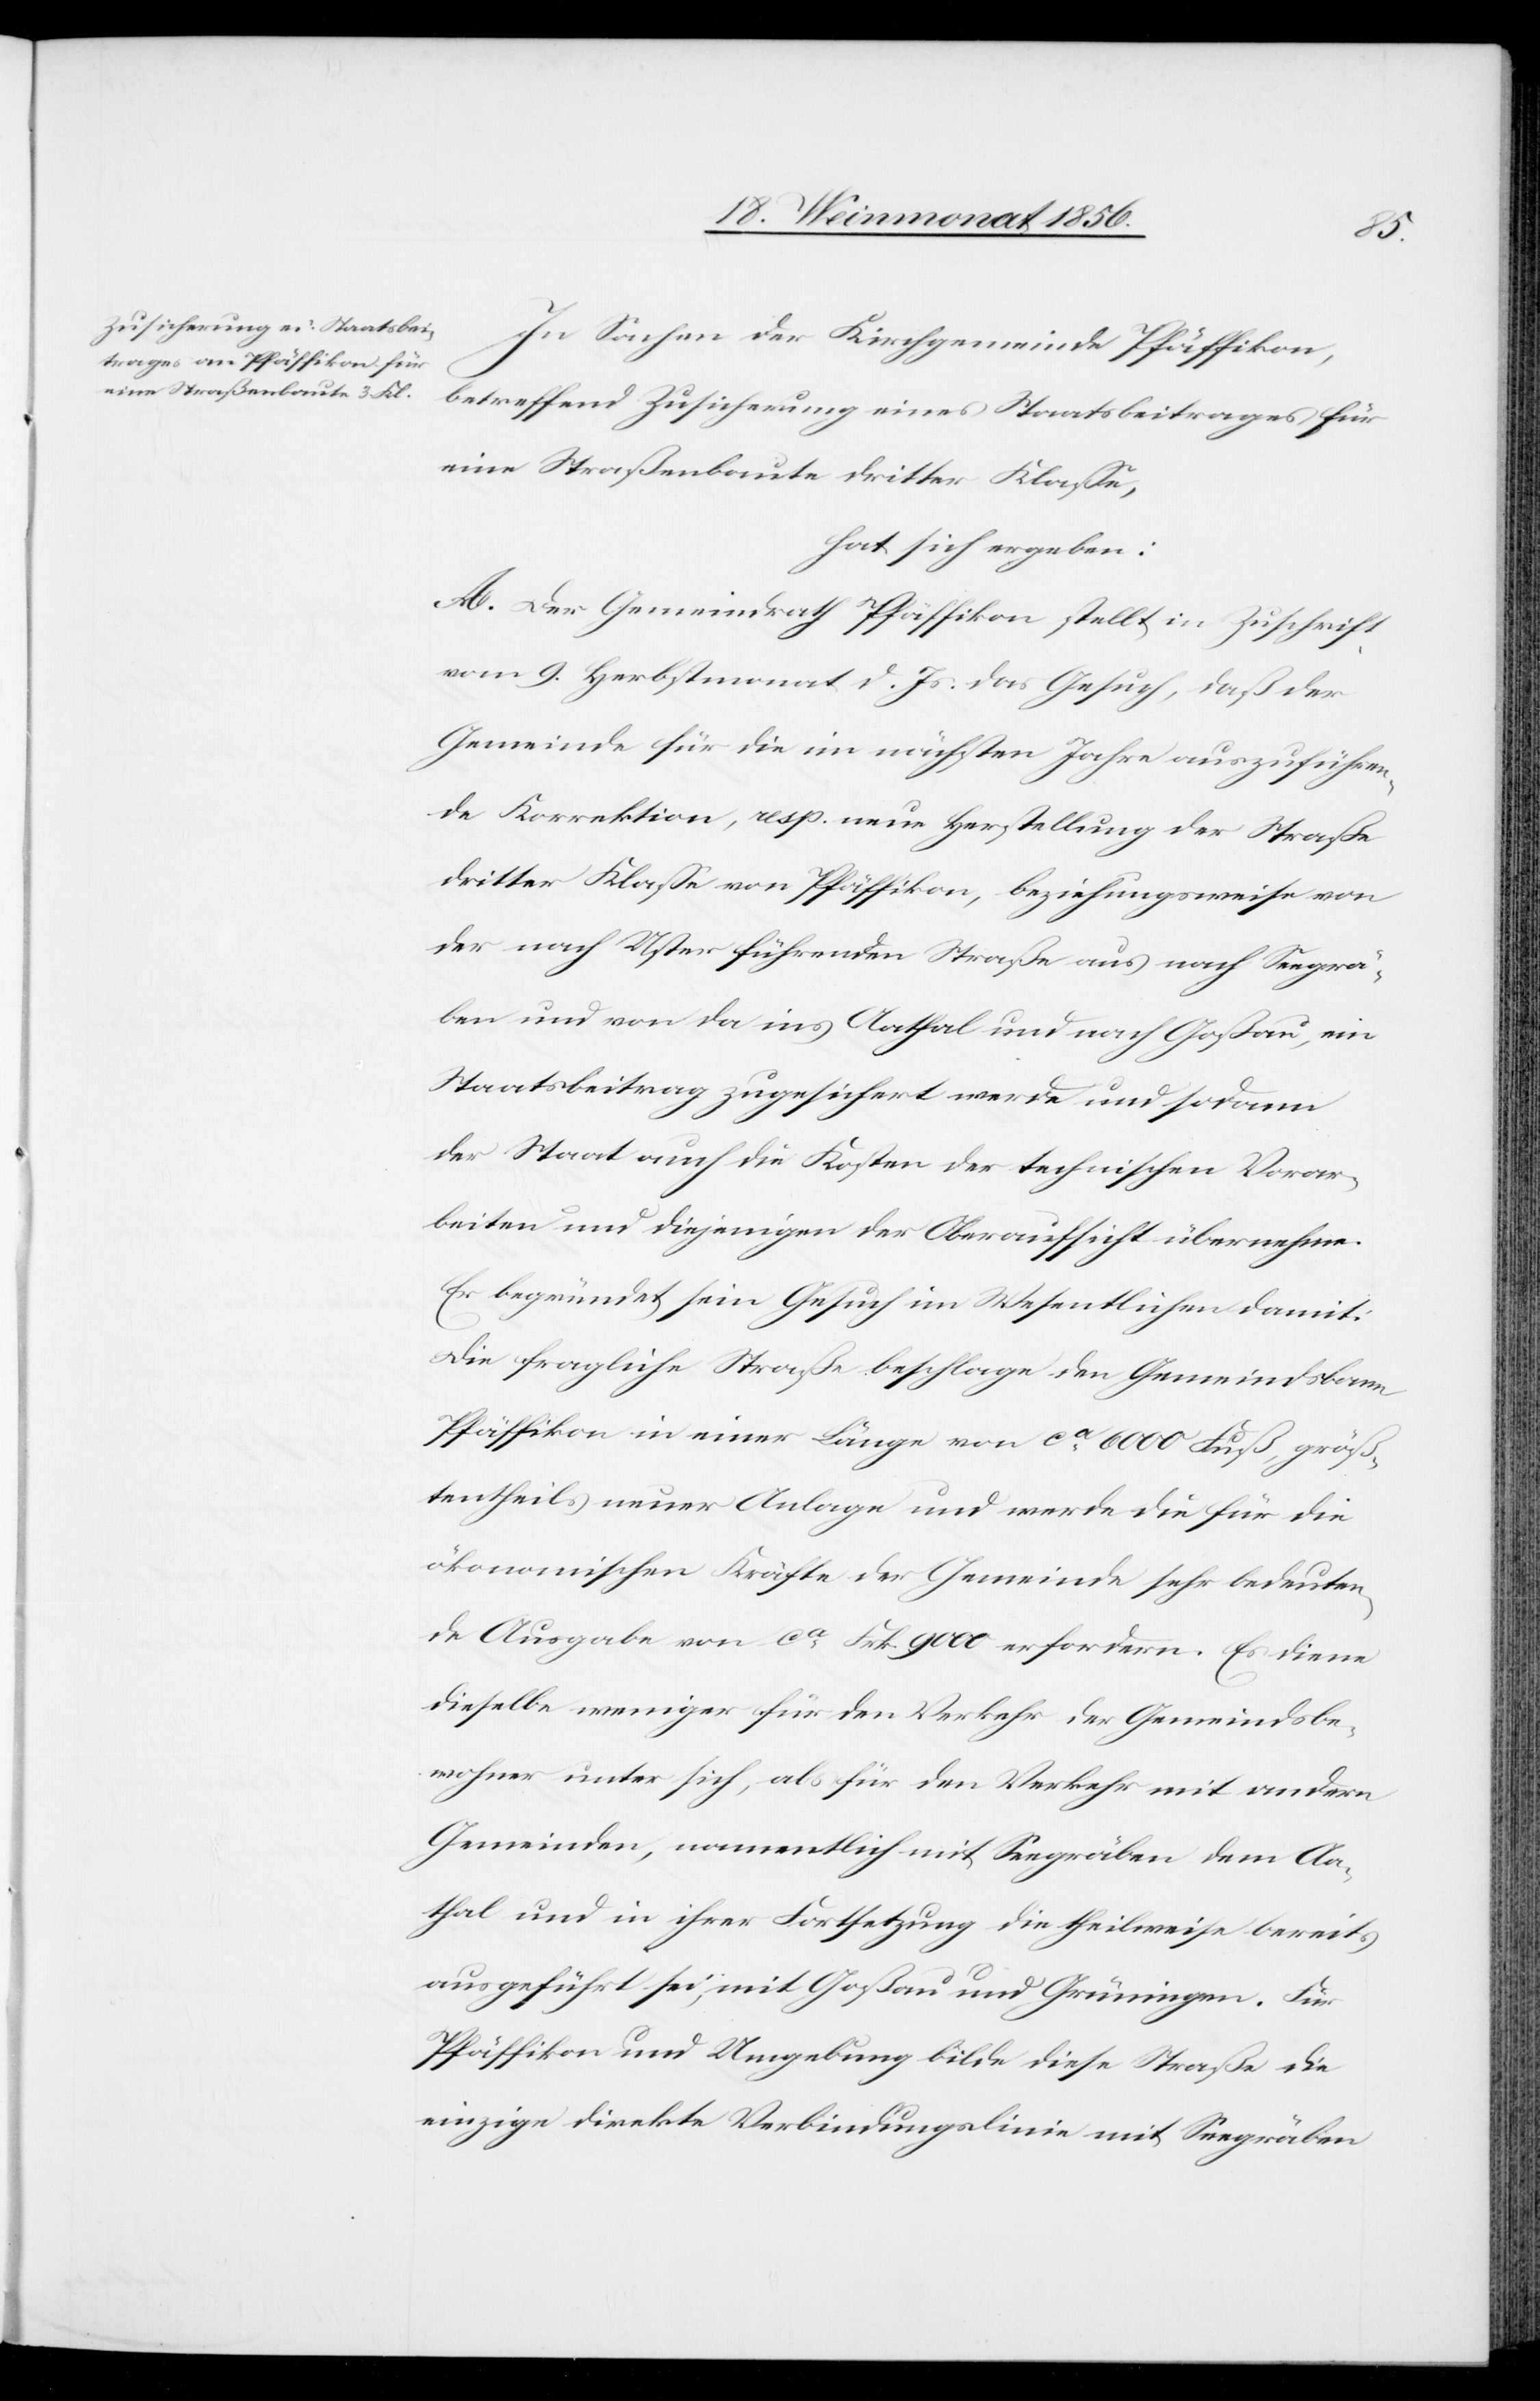
In Sachen der Kirchgemeinde Pfäffikon,
betreffend Zusicherung eines Staatsbeitrages für
eine Straßenbaute dritter Klasse,
hat sich ergeben:
A. Der Gemeindrath Pfäffikon stellt in Zuschrift
vom 9. Herbstmonat d. Js. das Gesuch, daß der
Gemeinde für die im nächsten Jahre auszuführen¬
de Korrektion, resp. neue Herstellung der Straße
dritter Klaße von Pfäffikon, beziehungsweise von
der nach Uster führenden Straße aus nach Seegrä¬
ben und von da ins Aathal und nach Goßau, ein
Staatsbeitrag zugesichert werde und sodann
der Staat auch die Kosten der technischen Vorar¬
beiten und diejenigen der Oberaufsicht übernehme.
Er begründet sein Gesuch im Wesentlichen damit:
Die fragliche Straße beschlage den Gemeindsbann
Pfäffikon in einer Länge von ca 6000 Fuß, größ¬
tentheils neuer Anlage und werde die für die
ökonomischen Kräfte der Gemeinde sehr bedeuten¬
de Ausgabe von ca Frk. 9000 erfordern. Es diene
dieselbe weniger für den Verkehr der Gemeindsbe¬
wohner unter sich, als für den Verkehr mit andern
Gemeinden, namentlich mit Seegräben dem Aa¬
thal und in ihrer Fortsetzung die theilweise bereits
ausgeführt sei, mit Goßau und Grüningen. Für
Pfäffikon und Umgebung bilde diese Straße die
einzige direkte Verbindungslinie mit Seegräben